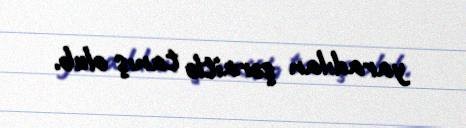
yaradılan şəraitlə tanış olub.